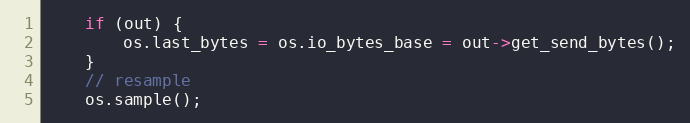
Language: C++
    if (out) {
        os.last_bytes = os.io_bytes_base = out->get_send_bytes();
    }
    // resample
    os.sample();